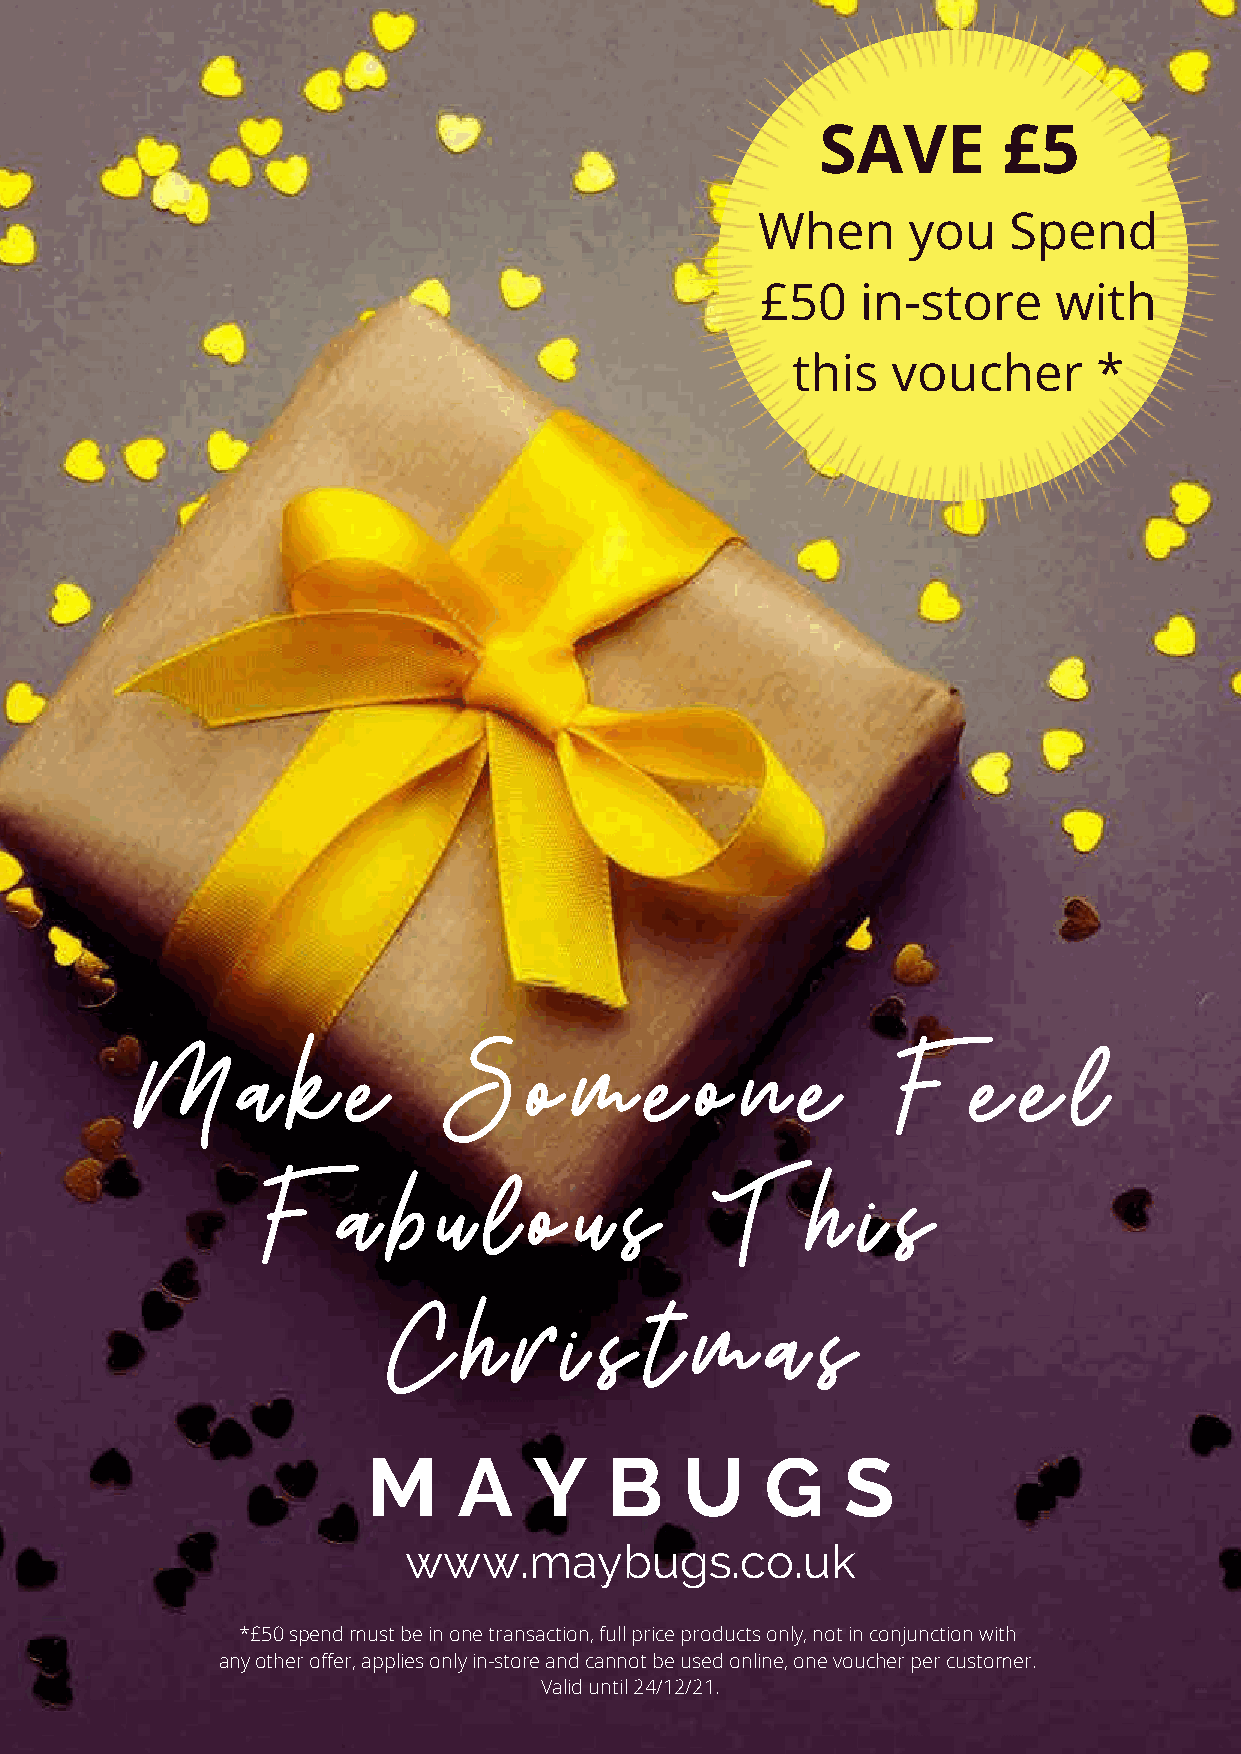
SAVE        £5
 M A Y B U G S
 When      you    Spend
 £50    in-store     with
 this   voucher       *
 M      a  k   e      S    o  m    e  o  n   e     F    e   e  l
 F    a   b  u  l  o  u  s     T      h  i s
 C    h  r  i  s  t  m    a  s
 Make Someone Feel Fabulous This Christmas M A Y B U G   S
 www.maybugs.co.uk
 www.maybugs.co.uk
 *£50 spend must be in one transaction, full price products only, not in conjunction with
 Eastbourne & Hailsham any other offer, applies only in-store and cannot be used online, one voucher per customer.
 Valid until 24/12/21.